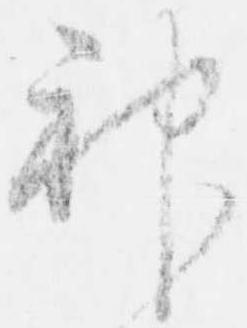
神